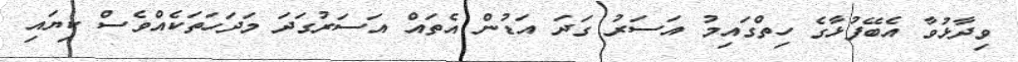
ވިދާޅުވާ އެބޭފުޅާގެ ހިތްގައިމު އަސަރު ގަދަ އަޑުން އެތައް އަސަރުގަދަ މަދަހަތަކެއްވެސް ކިޔައި